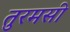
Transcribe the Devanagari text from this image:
तुरमसी